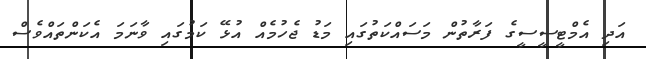
އަދި އެމްޓީސީސީގެ ފަރާތުން މަސައްކަތުގައި މަޑު ޖެހުމެއް އުޅޭ ކަމުގައި ވާނަމަ އެކަންތައްވެސް